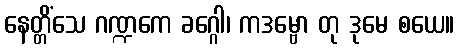
နေတ္တိံသေ ဂဏ္ဍကေ ခဂ္ဂေါ၊ ကဒမ္ဗော တု ဒုမေ စယေ။